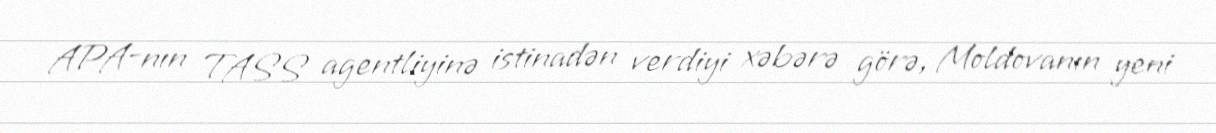
APA-nın TASS agentliyinə istinadən verdiyi xəbərə görə, Moldovanın yeni